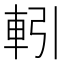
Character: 𮝅